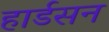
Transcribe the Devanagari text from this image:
हार्डसन